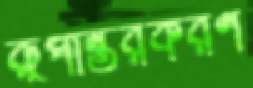
রূপান্তরকরণ